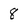
Character: 8